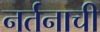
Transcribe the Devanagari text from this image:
नर्तनाची